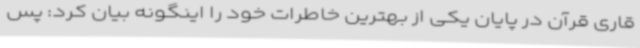
قاری قرآن در پایان یکی از بهترین خاطرات خود را اینگونه بیان کرد: پس